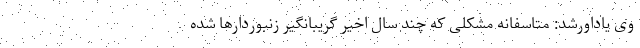
وی یاداورشد: متاسفانه مشکلی که چند سال اخیر گریبانگیر زنبوردارها شده